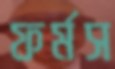
ফর্মস